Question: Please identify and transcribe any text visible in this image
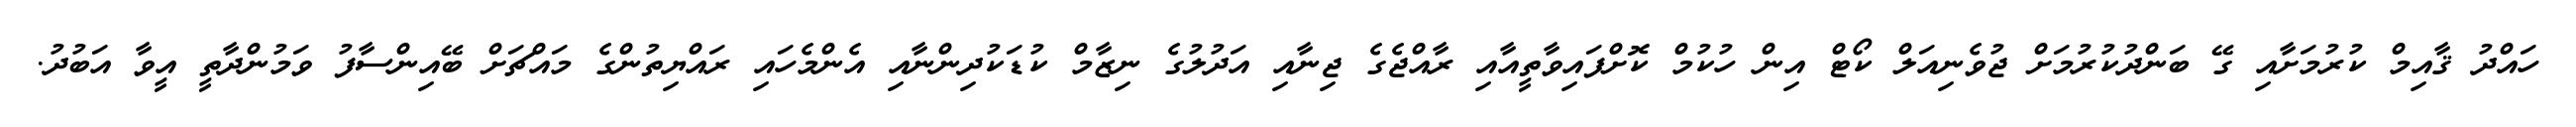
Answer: ހައްދު ޤާއިމް ކުރުމަށާއި ގޭ ބަންދުކުރުމަށް ޖުވެނިއަލް ކޯޓް އިން ހުކުމް ކޮށްފައިވާތީއާއި ރާއްޖެގެ ޖިނާއި އަދުލުގެ ނިޒާމް ކުޑަކުދިންނާއި އެންމެހައި ރައްޔިތުންގެ މައްޗަށް ބޭއިންސާފު ވަމުންދާތީ އީވާ އަބުދު.